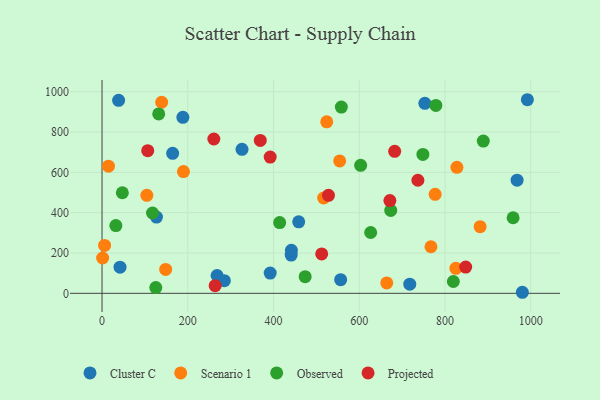
{"axis": {"x": "Distance", "y": "Fuel Efficiency"}, "legend": ["Cluster C", "Observed", "Projected", "Scenario 1"], "data": [{"x": "441.2", "y": 189.5, "type": "Cluster C"}, {"x": "164.7", "y": 694.3, "type": "Cluster C"}, {"x": "717.8", "y": 45.3, "type": "Cluster C"}, {"x": "127.0", "y": 378.2, "type": "Cluster C"}, {"x": "42.0", "y": 129.6, "type": "Cluster C"}, {"x": "268.4", "y": 88.4, "type": "Cluster C"}, {"x": "556.6", "y": 67.9, "type": "Cluster C"}, {"x": "188.6", "y": 872.8, "type": "Cluster C"}, {"x": "392.2", "y": 100.6, "type": "Cluster C"}, {"x": "38.7", "y": 957.2, "type": "Cluster C"}, {"x": "968.1", "y": 561.2, "type": "Cluster C"}, {"x": "992.1", "y": 960.2, "type": "Cluster C"}, {"x": "980.4", "y": 5.2, "type": "Cluster C"}, {"x": "326.5", "y": 714.4, "type": "Cluster C"}, {"x": "285.3", "y": 62.9, "type": "Cluster C"}, {"x": "441.7", "y": 213.2, "type": "Cluster C"}, {"x": "458.7", "y": 354.4, "type": "Cluster C"}, {"x": "753.0", "y": 942.5, "type": "Cluster C"}, {"x": "148.4", "y": 118.5, "type": "Scenario 1"}, {"x": "516.9", "y": 472.9, "type": "Scenario 1"}, {"x": "827.7", "y": 625.1, "type": "Scenario 1"}, {"x": "190.0", "y": 603.8, "type": "Scenario 1"}, {"x": "524.1", "y": 850.6, "type": "Scenario 1"}, {"x": "6.0", "y": 237.5, "type": "Scenario 1"}, {"x": "881.9", "y": 330.6, "type": "Scenario 1"}, {"x": "15.0", "y": 630.5, "type": "Scenario 1"}, {"x": "1.4", "y": 175.3, "type": "Scenario 1"}, {"x": "777.0", "y": 491.1, "type": "Scenario 1"}, {"x": "554.3", "y": 656.6, "type": "Scenario 1"}, {"x": "139.1", "y": 947.6, "type": "Scenario 1"}, {"x": "767.2", "y": 230.9, "type": "Scenario 1"}, {"x": "104.5", "y": 486.2, "type": "Scenario 1"}, {"x": "825.3", "y": 124.1, "type": "Scenario 1"}, {"x": "664.1", "y": 51.8, "type": "Scenario 1"}, {"x": "778.7", "y": 931.8, "type": "Observed"}, {"x": "125.4", "y": 28.7, "type": "Observed"}, {"x": "603.2", "y": 634.7, "type": "Observed"}, {"x": "626.6", "y": 301.7, "type": "Observed"}, {"x": "748.4", "y": 688.7, "type": "Observed"}, {"x": "414.3", "y": 351.1, "type": "Observed"}, {"x": "558.2", "y": 923.7, "type": "Observed"}, {"x": "473.8", "y": 82.5, "type": "Observed"}, {"x": "889.3", "y": 754.9, "type": "Observed"}, {"x": "117.8", "y": 398.4, "type": "Observed"}, {"x": "958.8", "y": 374.8, "type": "Observed"}, {"x": "32.3", "y": 336.1, "type": "Observed"}, {"x": "132.2", "y": 889.8, "type": "Observed"}, {"x": "47.4", "y": 498.9, "type": "Observed"}, {"x": "819.4", "y": 58.7, "type": "Observed"}, {"x": "673.4", "y": 411.2, "type": "Observed"}, {"x": "671.4", "y": 459.8, "type": "Projected"}, {"x": "369.1", "y": 758.2, "type": "Projected"}, {"x": "263.9", "y": 37.7, "type": "Projected"}, {"x": "512.4", "y": 195.3, "type": "Projected"}, {"x": "392.2", "y": 675.7, "type": "Projected"}, {"x": "106.6", "y": 707.3, "type": "Projected"}, {"x": "260.8", "y": 765.4, "type": "Projected"}, {"x": "848.2", "y": 130.2, "type": "Projected"}, {"x": "682.6", "y": 704.5, "type": "Projected"}, {"x": "736.7", "y": 560.9, "type": "Projected"}, {"x": "528.2", "y": 486.1, "type": "Projected"}]}